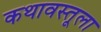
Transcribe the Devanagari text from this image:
कथावस्तूला